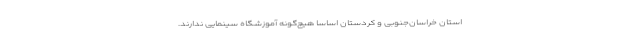
استان خراسان‌جنوبی و کردستان اساسا هیچ‌گونه آموزشگاه سینمایی ندارند.